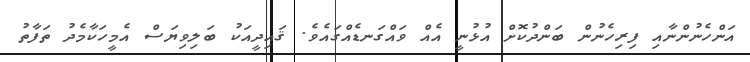
އަންހެނުންނާއި ފިރިހެނުން ބަންދުކޮށް އުޅުނީ އެއް ވައްގަނޑެއްގައެވެ. ޤައިދީއަކު ބަލިވިޔަސް އެމީހަކާމެދު ތަފާތު